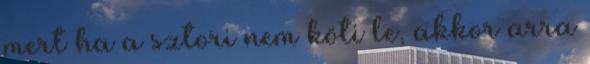
mert ha a sztori nem köti le, akkor arra